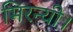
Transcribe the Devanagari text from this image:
मिरन्यी।